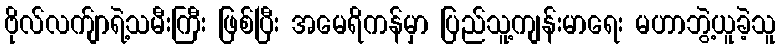
ဗိုလ်လက်ျာရဲ့သမီးကြီး ဖြစ်ပြီး အမေရိကန်မှာ ပြည်သူ့ကျန်းမာရေး မဟာဘွဲ့ယူခဲ့သူ